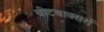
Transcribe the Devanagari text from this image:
बीटबाक्सरों